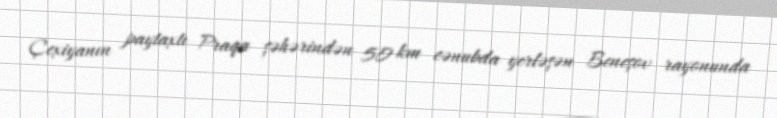
Çexiyanın paytaxtı Praqa şəhərindən 50 km cənubda yerləşən Beneşov rayonunda